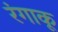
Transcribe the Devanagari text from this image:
रंगाकू